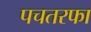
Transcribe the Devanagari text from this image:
पचतरफा